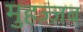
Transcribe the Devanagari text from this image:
मुहज़्ज़ब